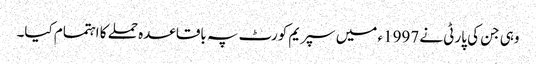
وہی جن کی پارٹی نے 1997ء میں سپریم کورٹ پہ باقاعدہ حملے کا اہتمام کیا۔